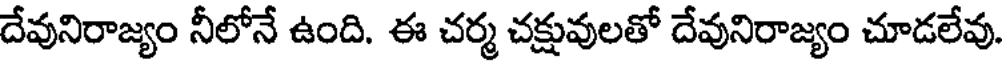
దేవునిరాజ్యం నీలోనే ఉంది. ఈ చర్మ చక్షువులతో దేవునిరాజ్యం చూడలేవు.